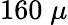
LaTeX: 160\; \mu